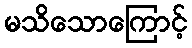
မသိသောကြောင့်